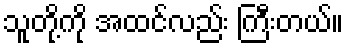
သူတို့ကို အထင်လည်း ကြီးတယ်။